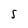
Character: S